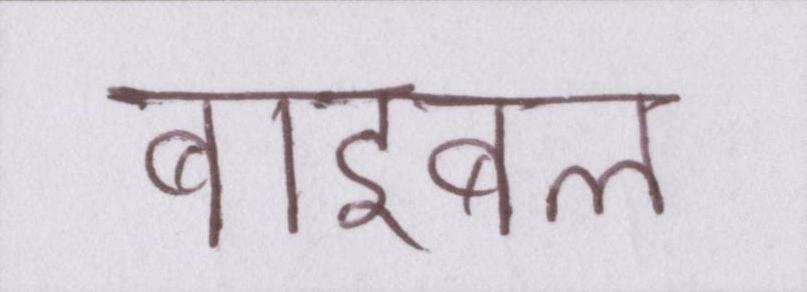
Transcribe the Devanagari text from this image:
बाइबल